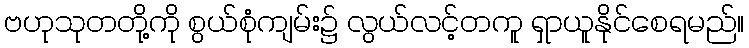
ဗဟုသုတတို့ကို စွယ်စုံကျမ်း၌ လွယ်လင့်တကူ ရှာယူနိုင်စေရမည်။